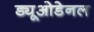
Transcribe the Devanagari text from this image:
ड्यूओडेनल